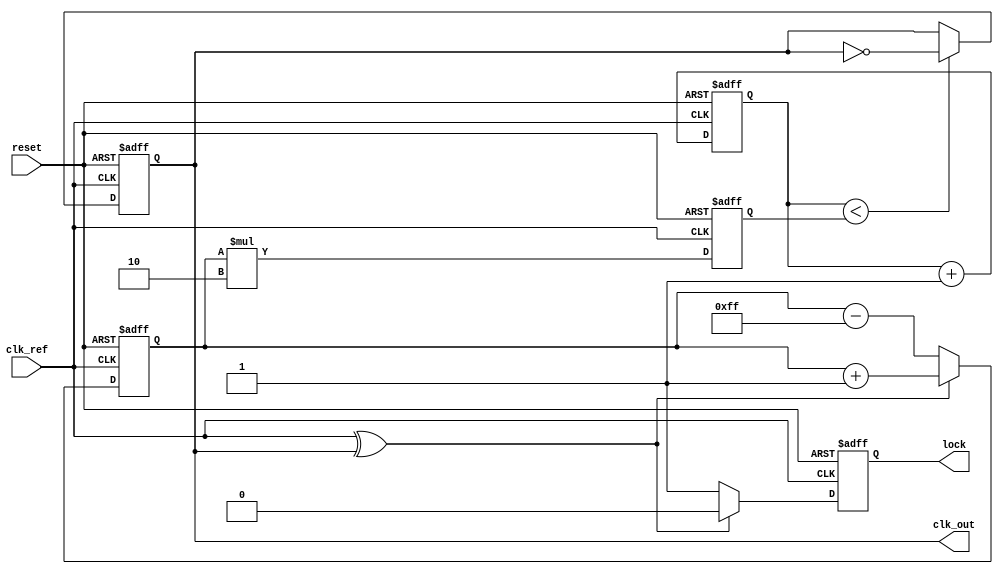
module cp_pll (
    input wire clk_ref,          // Reference clock input
    input wire reset,            // Reset signal
    output wire clk_out,         // Output clock
    output wire lock             // Lock indicator
);

    // Parameters for charge pump and loop filter
    parameter CHARGE_UP = 8'b00000001;    // Charge pump up current
    parameter CHARGE_DOWN = 8'b11111111;   // Charge pump down current
    parameter LOOP_FILTER_GAIN = 8'b00000010; // Loop filter gain

    // Internal signals
    wire phase_detect_out;  
    reg [7:0] control_voltage; // Control voltage for VCO
    reg [7:0] vco_output;       // VCO output frequency
    reg lock_detected;          // Lock detection signal
    reg [3:0] counter;          // Frequency divider counter

    // Phase Detector (PD)
    assign phase_detect_out = clk_ref ^ clk_out; // Simple XOR phase detector

    // Charge Pump (CP)
    always @(posedge clk_ref or posedge reset) begin
        if (reset) begin
            control_voltage <= 8'b00000000; // Reset control voltage
        end else begin
            // Charge pump operation
            if (phase_detect_out) 
                control_voltage <= control_voltage + CHARGE_UP; // Increase voltage
            else 
                control_voltage <= control_voltage - CHARGE_DOWN; // Decrease voltage
        end
    end

    // Loop Filter (LF) - Simple integrator
    always @(posedge clk_ref or posedge reset) begin
        if (reset) begin
            vco_output <= 8'b00000000; // Reset VCO output
        end else begin
            vco_output <= control_voltage * LOOP_FILTER_GAIN; // Smoothed output
        end
    end

    // Voltage-Controlled Oscillator (VCO)
    always @(posedge clk_ref or posedge reset) begin
        if (reset) begin
            counter <= 4'b0000;  // Reset counter
            clk_out <= 1'b0;     // Reset output clock
        end else begin
            // Generate output clock based on control voltage
            if (counter < vco_output) begin
                clk_out <= ~clk_out; // Toggle clock output
            end
            counter <= counter + 1;
        end
    end

    // Lock detection logic
    always @(posedge clk_ref or posedge reset) begin
        if (reset) begin
            lock_detected <= 1'b0; // Reset lock indicator
        end else begin
            // Simple lock detection: adjust as needed
            if (phase_detect_out == 1'b0) 
                lock_detected <= 1'b1; // Lock detected
            else 
                lock_detected <= 1'b0; // Not locked
        end
    end

    assign lock = lock_detected; // Output lock signal

endmodule